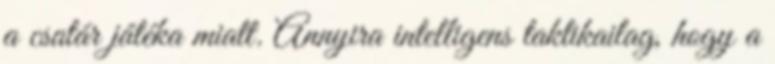
a csatár játéka miatt. Annyira intelligens taktikailag, hogy a